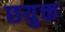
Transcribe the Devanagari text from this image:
छयुक्त